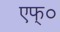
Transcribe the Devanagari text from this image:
एफ्‌०